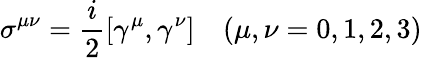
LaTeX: \sigma^{\mu\nu}=\frac{i}{2}[\gamma^{\mu},\gamma^{\nu}]\quad(\mu,\nu=0,1,2,3)